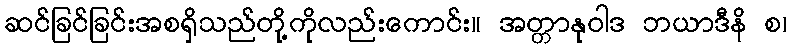
ဆင်ခြင်ခြင်းအစရှိသည်တို့ကိုလည်းကောင်း။ အတ္တာနုဝါဒ ဘယာဒီနိ စ၊